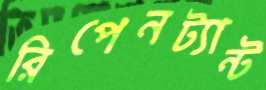
রিপেনট্যান্ট